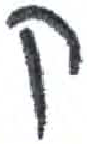
אות: ק